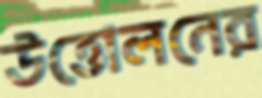
উত্তোলনের